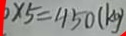
\times 5 = 4 5 0 ( k g )